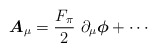
\begin{align*}\mbox{\boldmath$A$}_\mu =\frac{F_\pi}{2}~\partial_\mu \mbox{\boldmath$\phi$}+\cdots\end{align*}